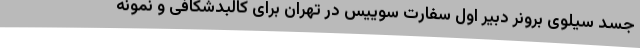
جسد سیلوی برونر دبیر اول سفارت سوییس در تهران برای کالبدشکافی و نمونه